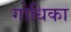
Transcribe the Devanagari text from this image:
गोधिका